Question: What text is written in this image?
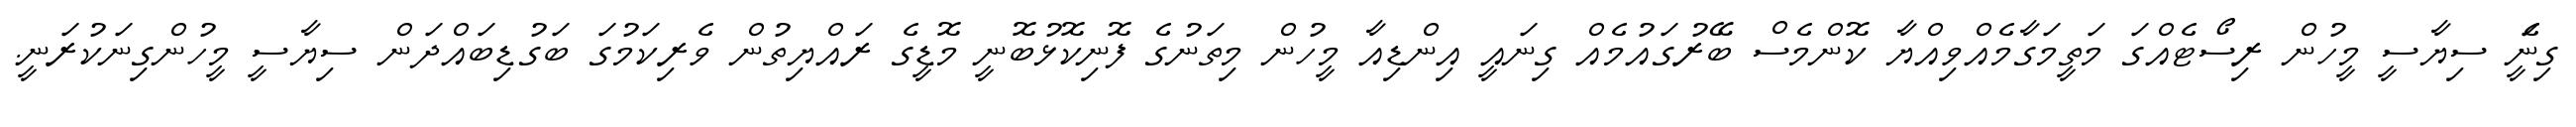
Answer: ގިނަެީ ސިޔާސީ މީހުން ރިސޯޓެއްގަ މަތީމަގާމެއްވިއްޔާ ކޮންމެސް ބޭރުގައުމެއް ގިނައީ އިންޑިއާ މީހުން މިތަނުގެ ފޮނިކޮޅުބޮނީ މޮޑީގެ ރައްޔިތުން ވެރިކަމުގަ ބަގުޑިބައްދަން ސިޔާސީ މީހުންގިނަކުރަނީ.